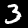
Label: 3